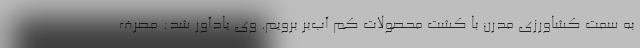
به سمت کشاورزی مدرن با کشت محصولات کم آب‌بر برویم. وی یادآور شد: مصرف